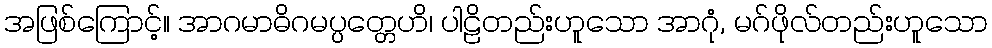
အဖြစ်ကြောင့်။ အာဂမာဓိဂမပ္ပတ္တေဟိ၊ ပါဠိတည်းဟူသော အာဂုံ, မဂ်ဖိုလ်တည်းဟူသော